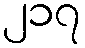
၂၁၇